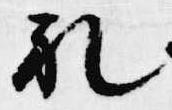
礼